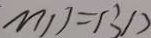
M D = B D